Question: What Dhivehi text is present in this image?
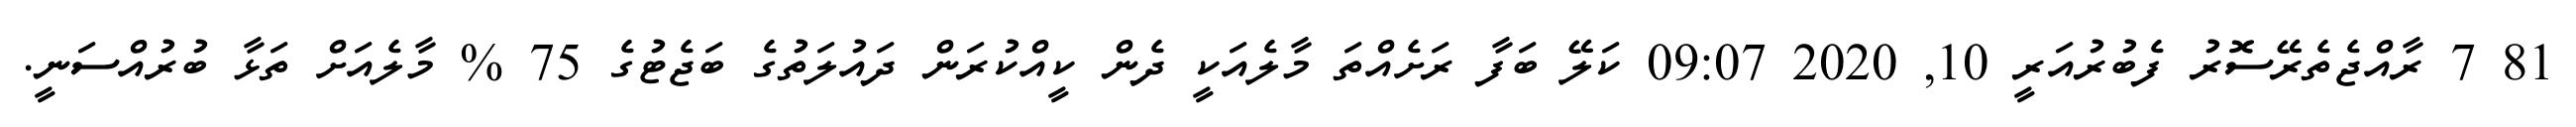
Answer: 81 7 ރާއްޖެތެރޭސޮރު ފެބުރުއަރީ 10, 2020 09:07 ކަލޭ ބަފާ ރަށެއްތަ މާލެއަކީ ދެން ކީއްކުރަން ދައުލަތުގެ ބަޖެޓުގެ 75 % މާލެއަށް ތަޅާ ބުރުއްސަނީ.